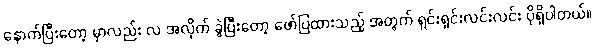
နောက်ပြီးတော့ မှာလည်း လ အလိုက် ခွဲပြီးတော့ ဖော်ပြထားသည့် အတွက် ရှင်းရှင်းလင်းလင်း ပိုရှိပါတယ်။